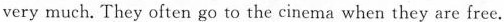
very much. They often go to the cinema when they are free.